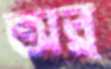
অর্